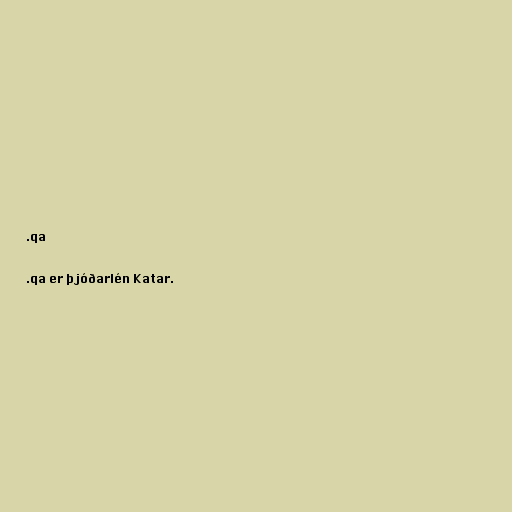
.qa

.qa er þjóðarlén Katar.